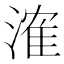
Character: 㴶